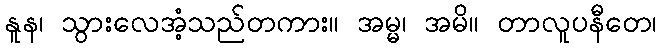
နူန၊ သွားလေအံ့သည်တကား။ အမ္မ၊ အမိ။ တာလူပနီတေ၊